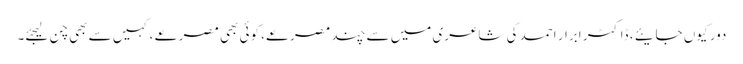
دور کیوں جایئے ، ڈاکٹر ابرار احمد کی شاعری میں سے چند مصرعے، کوئی بھی مصرعے ، کہیں سے بھی چن لیجئے۔